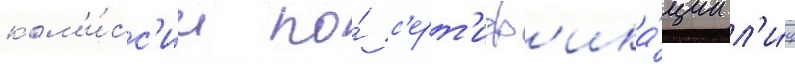
ком'и́сс'ии по́ с'ерт'иф'ика́ции л'и́ц